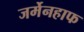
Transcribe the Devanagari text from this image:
जर्मेनहाफ